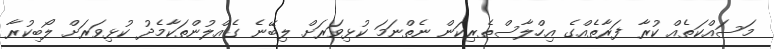
މަސައްކަތެއް ކުރާ ފަރާތެއްގެ އިހްލާސްތެރިކަން ނެތްނަމަ ކުޅިވަރަށް ލިބޭނެ ގެއްލުންތަކާމެދު ކުޅިވަރަށް ލޯބިކުރާ